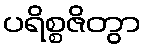
ပရိစ္စဇိတွာ